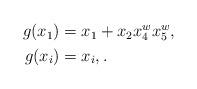
LaTeX: \begin{align*}\begin{aligned} g(x_1)&= x_1+ x_2 x_4^w x_5^w,\\ g(x_i)&=x_i, {}. \end{aligned}\end{align*}